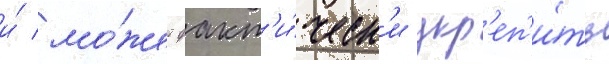
и́ мо́жет факт'и́ческ'и укр'еп'и́ть